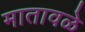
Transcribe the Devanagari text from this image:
मातावळे